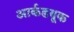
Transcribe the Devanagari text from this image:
आर्कडयूक